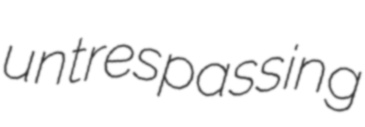
untrespassing